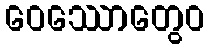
ဝေဿောတွေဝ